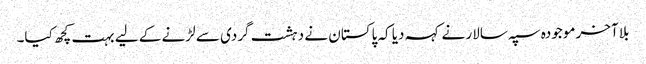
بلا آخر موجودہ سپہ سالار نے کہہ دیا کہ پاکستان نے دہشت گردی سے لڑنے کے لیے بہت کچھ کیا۔